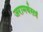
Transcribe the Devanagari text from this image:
जरामर्थसत्रं